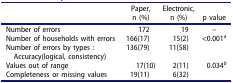
<table><thead><tr><td><b> </b></td><td><b>Paper,n (%)</b></td><td><b>Electronic, n (%)</b></td><td><b>p value</b></td></tr></thead><tbody><tr><td>Number of errors</td><td>172</td><td>19</td><td>–</td></tr><tr><td>Number of households with errors</td><td>166(17)</td><td>15(2)</td><td>&lt;0.001<sup>a</sup></td></tr><tr><td>Number of errors by types : Accuracy(logical, consistency)</td><td>136(79)</td><td>11(58)</td><td> </td></tr><tr><td>Values out of range</td><td>17(10)</td><td>2(11)</td><td>0.034<i><sup>b</sup></i></td></tr><tr><td>Completeness or missing values</td><td>19(11)</td><td>6(32)</td><td> </td></tr></tbody></table>